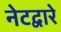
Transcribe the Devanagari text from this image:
नेटद्वारे